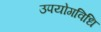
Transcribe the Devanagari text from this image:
उपयोगविधि